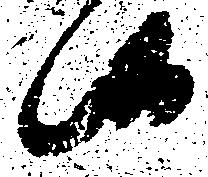
候